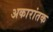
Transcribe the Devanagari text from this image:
अकारांतक